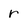
Character: r